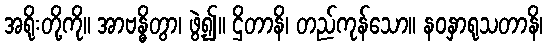
အရိုးတို့ကို။ အာဗန္ဓိတွာ၊ ဖွဲ့၍။ ဌိတာနိ၊ တည်ကုန်သော။ နဝနှာရုသတာနိ၊